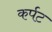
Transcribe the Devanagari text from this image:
कर्पट